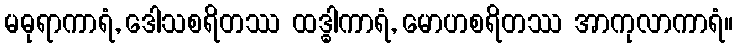
မဓုရာကာရံ, ဒေါသစရိတဿ ထဒ္ဓါကာရံ, မောဟစရိတဿ အာကုလာကာရံ။